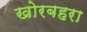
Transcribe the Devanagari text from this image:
खोरबहरा